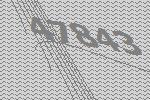
47843